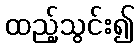
ထည့်သွင်း၍